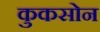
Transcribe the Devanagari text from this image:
कुकसोन